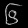
Digit: ၆